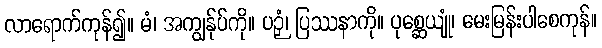
လာရောက်ကုန်၍။ မံ၊ အကျွန်ုပ်ကို။ ပဉှံ၊ ပြဿနာကို။ ပုစ္ဆေယျုံ၊ မေးမြန်းပါစေကုန်။